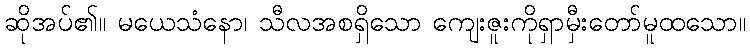
ဆိုအပ်၏။ မယေသံနော၊ သီလအစရှိသော ကျေးဇူးကိုရှာမှီးတော်မူထသော။